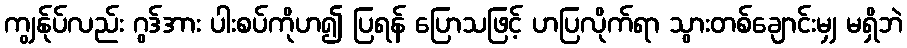
ကျွန်ုပ်လည်း ဂွဒ်အား ပါးစပ်ကိုဟ၍ ပြရန် ပြောသဖြင့် ဟပြလိုက်ရာ သွားတစ်ချောင်းမျှ မရှိဘဲ